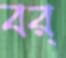
বর্